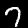
Label: 7